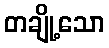
တချို့သော